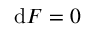
\mathrm { d } F = 0